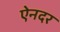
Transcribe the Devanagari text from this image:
ऐनदर